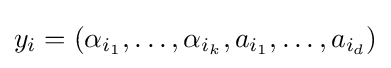
y_{i}=(\alpha _{i_{1}},\ldots ,\alpha _{i_{k}},a_{i_{1}},\ldots ,a_{i_{d}})